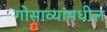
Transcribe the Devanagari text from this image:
गोसाव्यांमधील